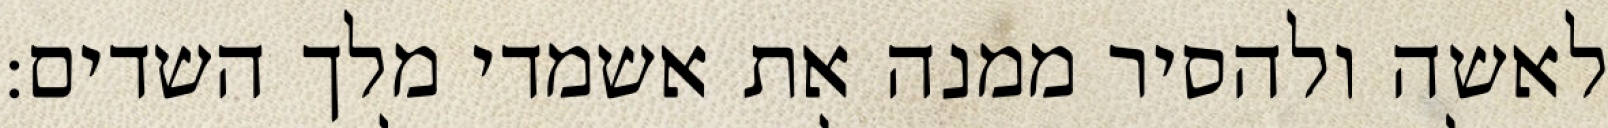
לאשה ולהסיר ממנה את אשמדי מלך השדים: